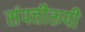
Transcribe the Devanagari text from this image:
संपत्तीरूपी